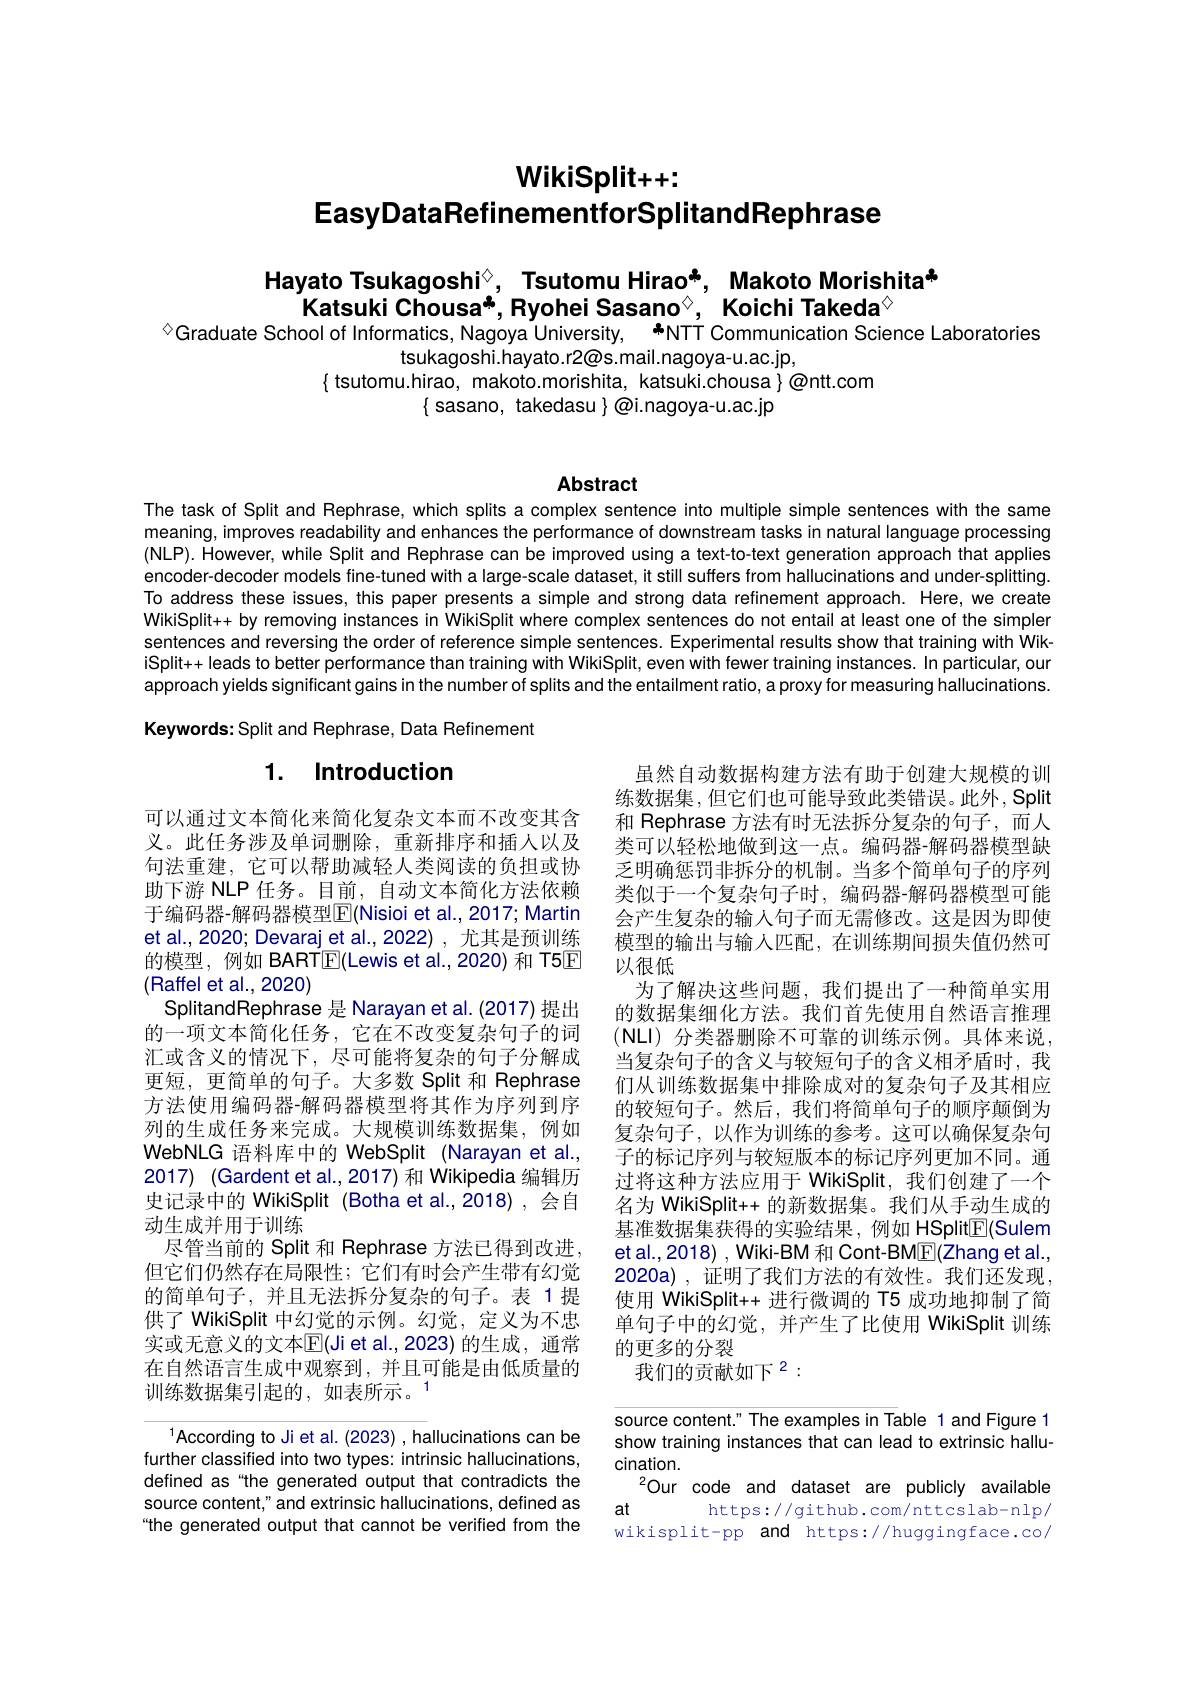
# $\mathbf{WikiSplit}++:$
EasyDataRefinementforSplitandRephrase

# Hayato Tsukagoshi$^{\textcircled{\mathrm{s}}}$, Tsutomu Hirao*, Makoto Morishita" Katsuki Chousa", Ryohei Sasano$^{\textcircled{\mathrm{o}}}$, Koichi Takeda$^{\textcircled{\mathrm{o}}}$ $^{\textcircled{1}}$Graduate School of Informatics, Nagoya University, 年NTT Communication Science Laboratories

tsukagoshi.hayato.r2@s.mail.nagoya-u.ac.jp,
$\{$ tsutomu.hirao, makoto.morishita, katsuki.chousa $\}\textcircled{\mathrm{ontt.com}}$
$\{$ sasano, takedasu $\}\textcircled{\text{@i.nagoya-u.ac.jp}}$

## Abstract

The task of Split and Rephrase, which splits a complex sentence into multiple simple sentences with the same meaning, improves readability and enhances the performance of downstream tasks in natural language processing (NLP). However, while Split and Rephrase can be improved using a text-to-text generation approach that applies encoder-decoder models fine-tuned with a large-scale dataset, it still suffers from hallucinations and under-splitting. To address these issues, this paper presents a simple and strong data refinement approach. Here, we create WikiSplit++ by removing instances in WikiSplit where complex sentences do not entail at least one of the simpler sentences and reversing the order of reference simple sentences. Experimental results show that training with WikiSplit+ leads to better performance than training with WikiSplit, even with fewer training instances. In particular, our approach yields significant gains in the number of splits and the entailment ratio, a proxy for measuring hallucinations.

Keywords: Split and Rephrase, Data Refinement

# 1. Introduction

虽然自动数据构建方法有助于创建大规模的训练数据集，但它们也可能导致此类错误。此外，Split 和 Rephrase 方法有时无法拆分复杂的句子，而人类可以轻松地做到这一点。编码器-解码器模型缺乏明确惩罚非拆分的机制。当多个简单句子的序列类似于一个复杂句子时，编码器-解码器模型可能会产生复杂的输人句子而无需修改。这是因为即使模型的输出与输入匹配，在训练期间损失值仍然可以很低
为了解决这些问题，我们提出了一种简单实用的数据集细化方法。我们首先使用自然语言推理$(\mathsf{NLI})$分类器删除不可靠的训练示例。具体来说， 当复杂句子的含义与较短句子的含义相矛盾时，我们从训练数据集中排除成对的复杂句子及其相应的较短句子。然后，我们将简单句子的顺序颠倒为复杂句子，以作为训练的参考。这可以确保复杂句子的标记序列与较短版本的标记序列更加不同。通过将这种方法应用于 WikiSplit, 我们创建了一个名为 WikiSplit++ 的新数据集。我们从手动生成的基准数据集获得的实验结果，例如 HSplit$\underline{\mathrm{E}}($Sulem et al., 2018) , Wiki-BM 和 Cont-BM$\boxed{\mathrm{F}}($Zhang et al., 2020a),证明了我们方法的有效性。我们还发现， 使用 WikiSplit++ 进行微调的 T5 成功地抑制了简单句子中的幻觉，并产生了比使用 WikiSplit 训练的更多的分裂
我们的贡献如下$^{2}:$

可以通过文本简化来简化复杂文本而不改变其含义。此任务涉及单词删除，重新排序和插人以及句法重建，它可以帮助减轻人类阅读的负担或协助下游 NLP 任务。目前，自动文本简化方法依赖于编码器-解码器模型$\operatorname{E}($Nisioi et al., 2017; Martin et al., 2020; Devaraj et al., 2022) , 尤其是预训练的模型，例如 BART$\boxed{\mathrm{F}}($Lewis et al.,2020) 和 T5E (Raffel et al.,2020)
SplitandRephrase 是 Narayan et al. (2017) 提出的一项文本简化任务，它在不改变复杂句子的词汇或含义的情况下，尽可能将复杂的句子分解成更短，更简单的句子。大多数 Split 和 Rephrase 方法使用编码器-解码器模型将其作为序列到序列的生成任务来完成。大规模训练数据集，例如WebNLG 语料库中的 WebSplit (Narayan et al., 2017) (Gardent et al., 2017) 和 Wikipedia 编辑历史记录中的 WikiSplit (Botha et al.,2018),会自动生成并用于训练
尽管当前的 Split 和 Rephrase 方法已得到改进。但它们仍然存在局限性；它们有时会产生带有幻觉的简单句子，并且无法拆分复杂的句子。表 1提供了 WikiSplit 中幻觉的示例。幻觉，定义为不忠实或无意义的文本$\mathbb{E}($Ji et al.,2023)的生成，通常在自然语言生成中观察到，并且可能是由低质量的训练数据集引起的，如表所示。1

$^{1}$According to Ji et al. (2023), hallucinations can be further classified into two types: intrinsic hallucinations, defined as“the generated output that contradicts the source content," and extrinsic hallucinations, defined as “the generated output that cannot be verified from the

source content." The examples in Table 1 and Figure 1 show training instances that can lead to extrinsic hallucination.
$^{2}$Our code and dataset are publicly available
at
https://github.com/nttcslab-nlp/
wikisplit-pp and https://huggingface.co/